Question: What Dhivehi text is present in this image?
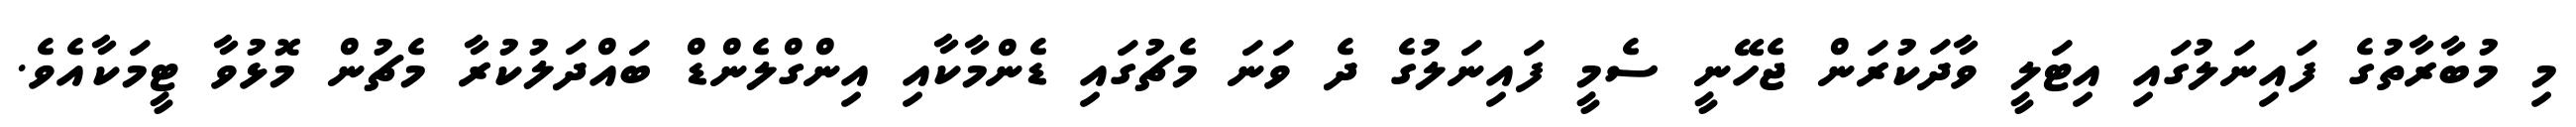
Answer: މި މުބާރާތުގެ ފައިނަލުގައި އިޓަލީ ވާދަކުރަން ޖެހޭނީ ސެމީ ފައިނަލުގެ ދެ ވަނަ މެޗުގައި ޑެންމާކާއި އިންގްލެންޑް ބައްދަލުކުރާ މެޗުން މޮޅުވާ ޓީމަކާއެވެ.